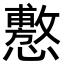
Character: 懯